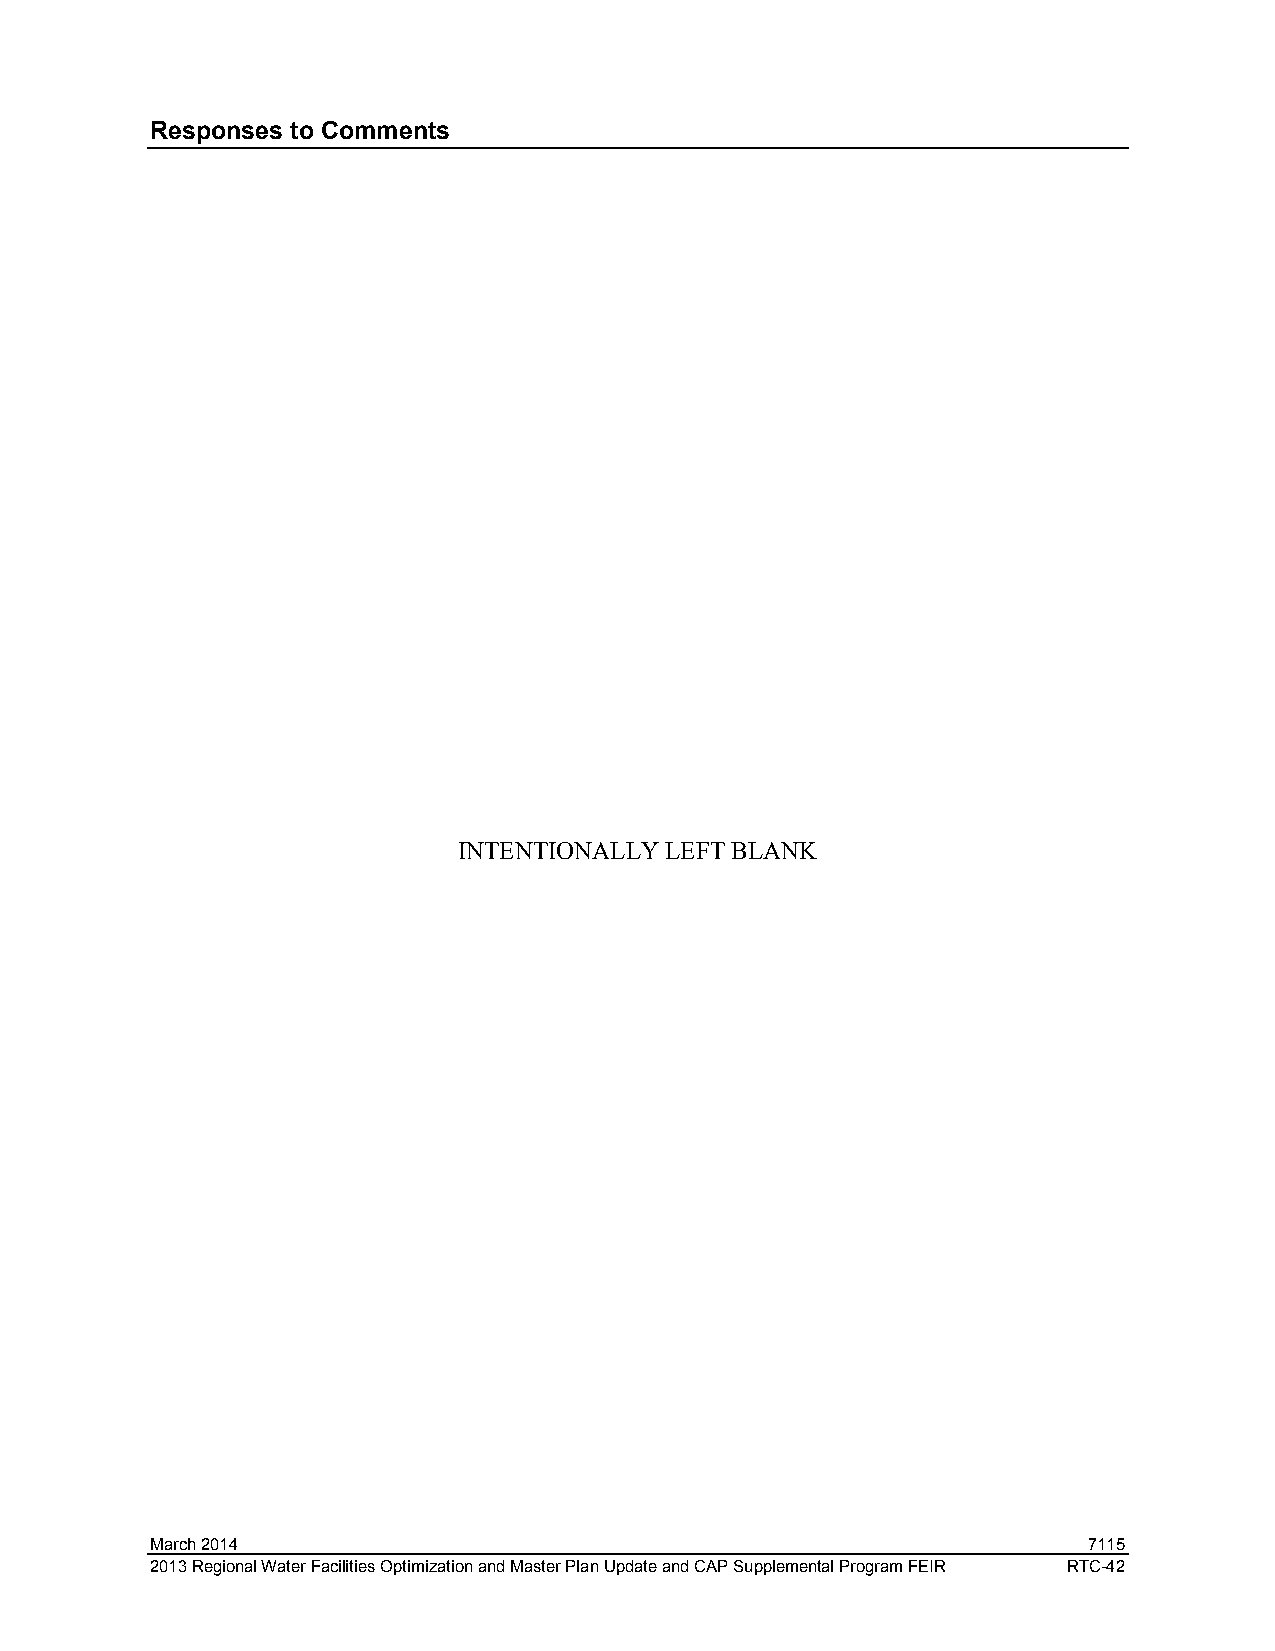
Responses to Comments
 INTENTIONALLY LEFT BLANK
 March 2014                                                    7115
 2013 Regional Water Facilities Optimization and Master Plan Update and CAP Supplemental Program FEIR RTC-42